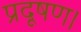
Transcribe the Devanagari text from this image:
प्रदूषण।